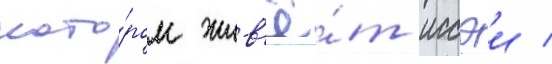
кото́ром жив'ё́т иссэи /